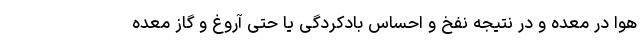
هوا در معده و در نتیجه نفخ و احساس بادکردگی یا حتی آروغ و گاز معده